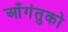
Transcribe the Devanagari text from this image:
आँगंतुको